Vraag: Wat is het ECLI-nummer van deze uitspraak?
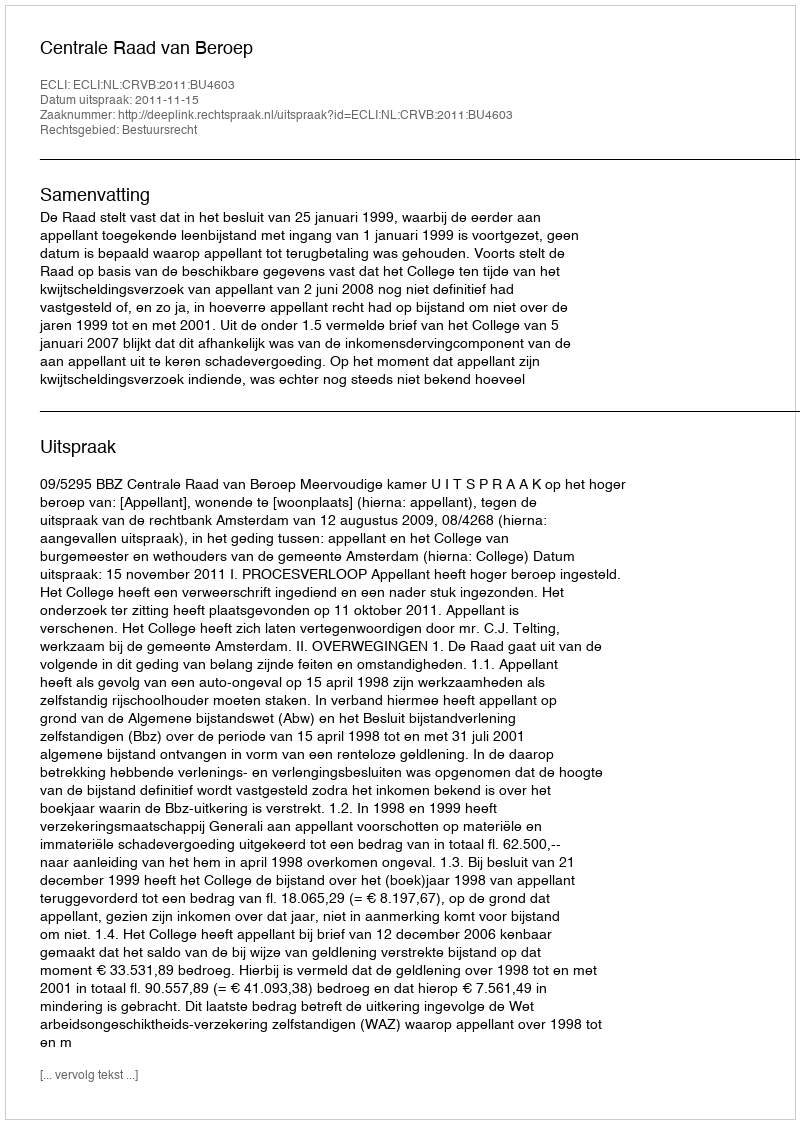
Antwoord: ECLI:NL:CRVB:2011:BU4603